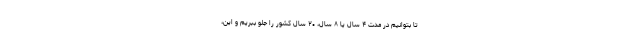
تا بتوانیم در مدت ۴ سال یا ۸ سال، ۲۰ سال کشور را جلو ببریم و این،